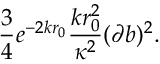
\frac { 3 } { 4 } e ^ { - 2 k r _ { 0 } } \frac { k r _ { 0 } ^ { 2 } } { \kappa ^ { 2 } } ( \partial b ) ^ { 2 } .